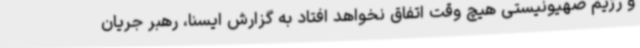
و رژیم صهیونیستی هیچ وقت اتفاق نخواهد افتاد به گزارش ایسنا، رهبر جریان